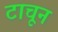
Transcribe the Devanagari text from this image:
टाचून